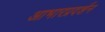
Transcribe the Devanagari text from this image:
आभारप्रदर्शन